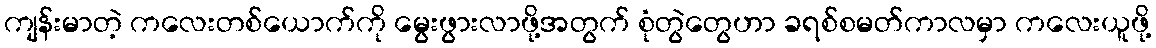
ကျန်းမာတဲ့ ကလေးတစ်ယောက်ကို မွေးဖွားလာဖို့အတွက် စုံတွဲတွေဟာ ခရစ်စမတ်ကာလမှာ ကလေးယူဖို့